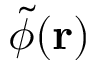
\tilde { \phi } ( \mathbf { r } )